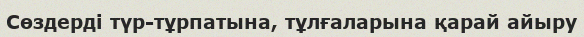
Сөздерді түр-тұрпатына, тұлғаларына қарай айыру